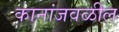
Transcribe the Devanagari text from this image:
कानांजवळील